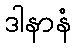
ဒါနာနံ